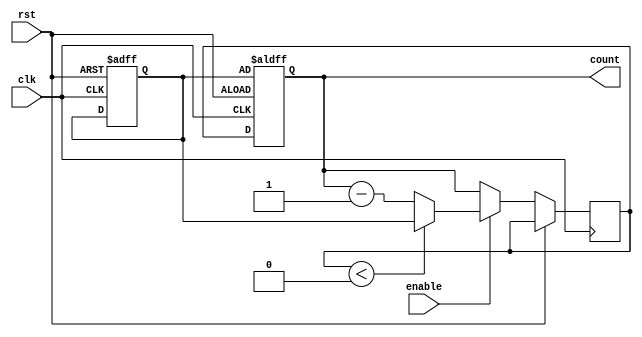
module BCD_Down_Counter_with_Enable (
    input wire clk, // System clock input
    input wire rst, // Reset signal
    input wire enable, // Enable signal
    output reg [3:0] count // BCD down counter output
);

reg [3:0] next_count;
reg [3:0] start_value;

always @ (posedge clk or posedge rst) begin
    if (rst) begin
        start_value <= 4'b0000; // Initialize starting value
        count <= start_value;
    end else begin
        if (enable) begin
            next_count <= count - 1; // Count down when enable signal is high
            if (next_count < 4'b0000) begin
                next_count <= start_value; // Reset count when reaching zero
            end
        end else begin
            next_count <= count; // Keep count value unchanged when enable signal is low
        end
        count <= next_count;
    end
end

endmodule